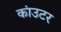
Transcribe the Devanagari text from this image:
कांउटर